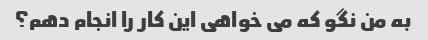
به من نگو ​​که می خواهی این کار را انجام دهم؟